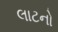
લાટનો